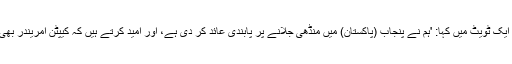
پنجاب حکومت نے ایک ٹویٹ میں کہا: 'ہم نے پنجاب (پاکستان) میں منڈھی جلانے پر پابندی عائد کر دی ہے، اور امید کرتے ہیں کہ کیپٹن امریندر بھی ایسا ہی کریں گے۔